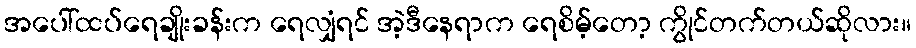
အပေါ်ထပ်ရေချိုးခန်းက ရေလျှံရင် အဲ့ဒီနေရာက ရေစိမ့်တော့ ကွိုင်တက်တယ်ဆိုလား။